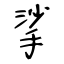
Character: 挲